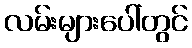
လမ်းများပေါ်တွင်